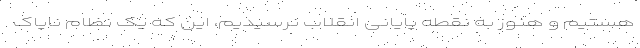
هستیم و هنوز به نقطه پایانی انقلاب نرسیدیم، این که یک نظام ناپاک